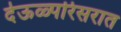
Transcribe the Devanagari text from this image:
देऊळ्परिसरात